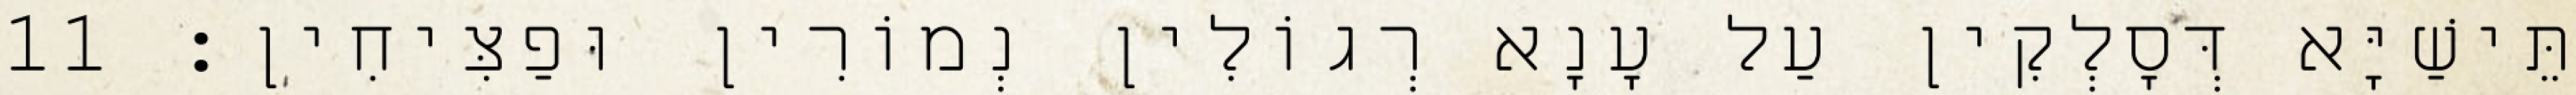
תֵּישַׁיָּא דְּסָלְקִין עַל עָנָא רְגוֹלִין נְמוֹרִין וּפַצִּיחִין׃ 11